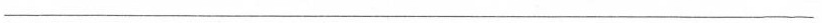
______